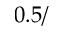
0 . 5 /